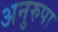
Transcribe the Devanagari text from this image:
अनुरुपा